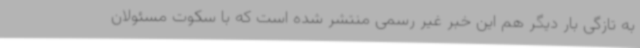
به تازگی بار دیگر هم این خبر غیر رسمی منتشر شده است که با سکوت مسئولان